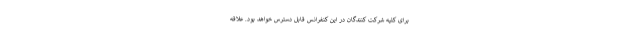
برای کلیه شرکت کنندگان در این کنفرانس قابل دسترس خواهد بود. علاقه